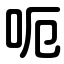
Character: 呃